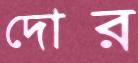
দোর